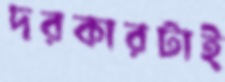
দরকারটাই